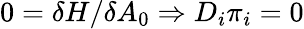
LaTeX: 0=\delta H/\delta A_{0}\Rightarrow D_{i}\pi_{i}=0